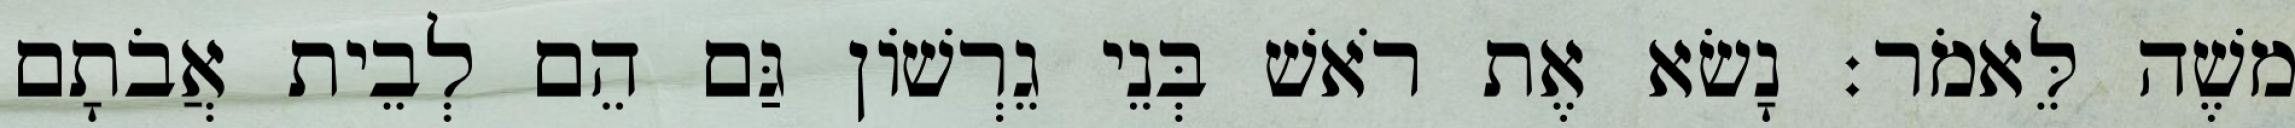
משֶׁה לֵּאמֹר׃ נָשׂא אֶת רֹאשׁ בְּנֵי גֵרְשׁוֹן גַּם הֵם לְבֵית אֲבֹתָם